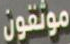
موثقون